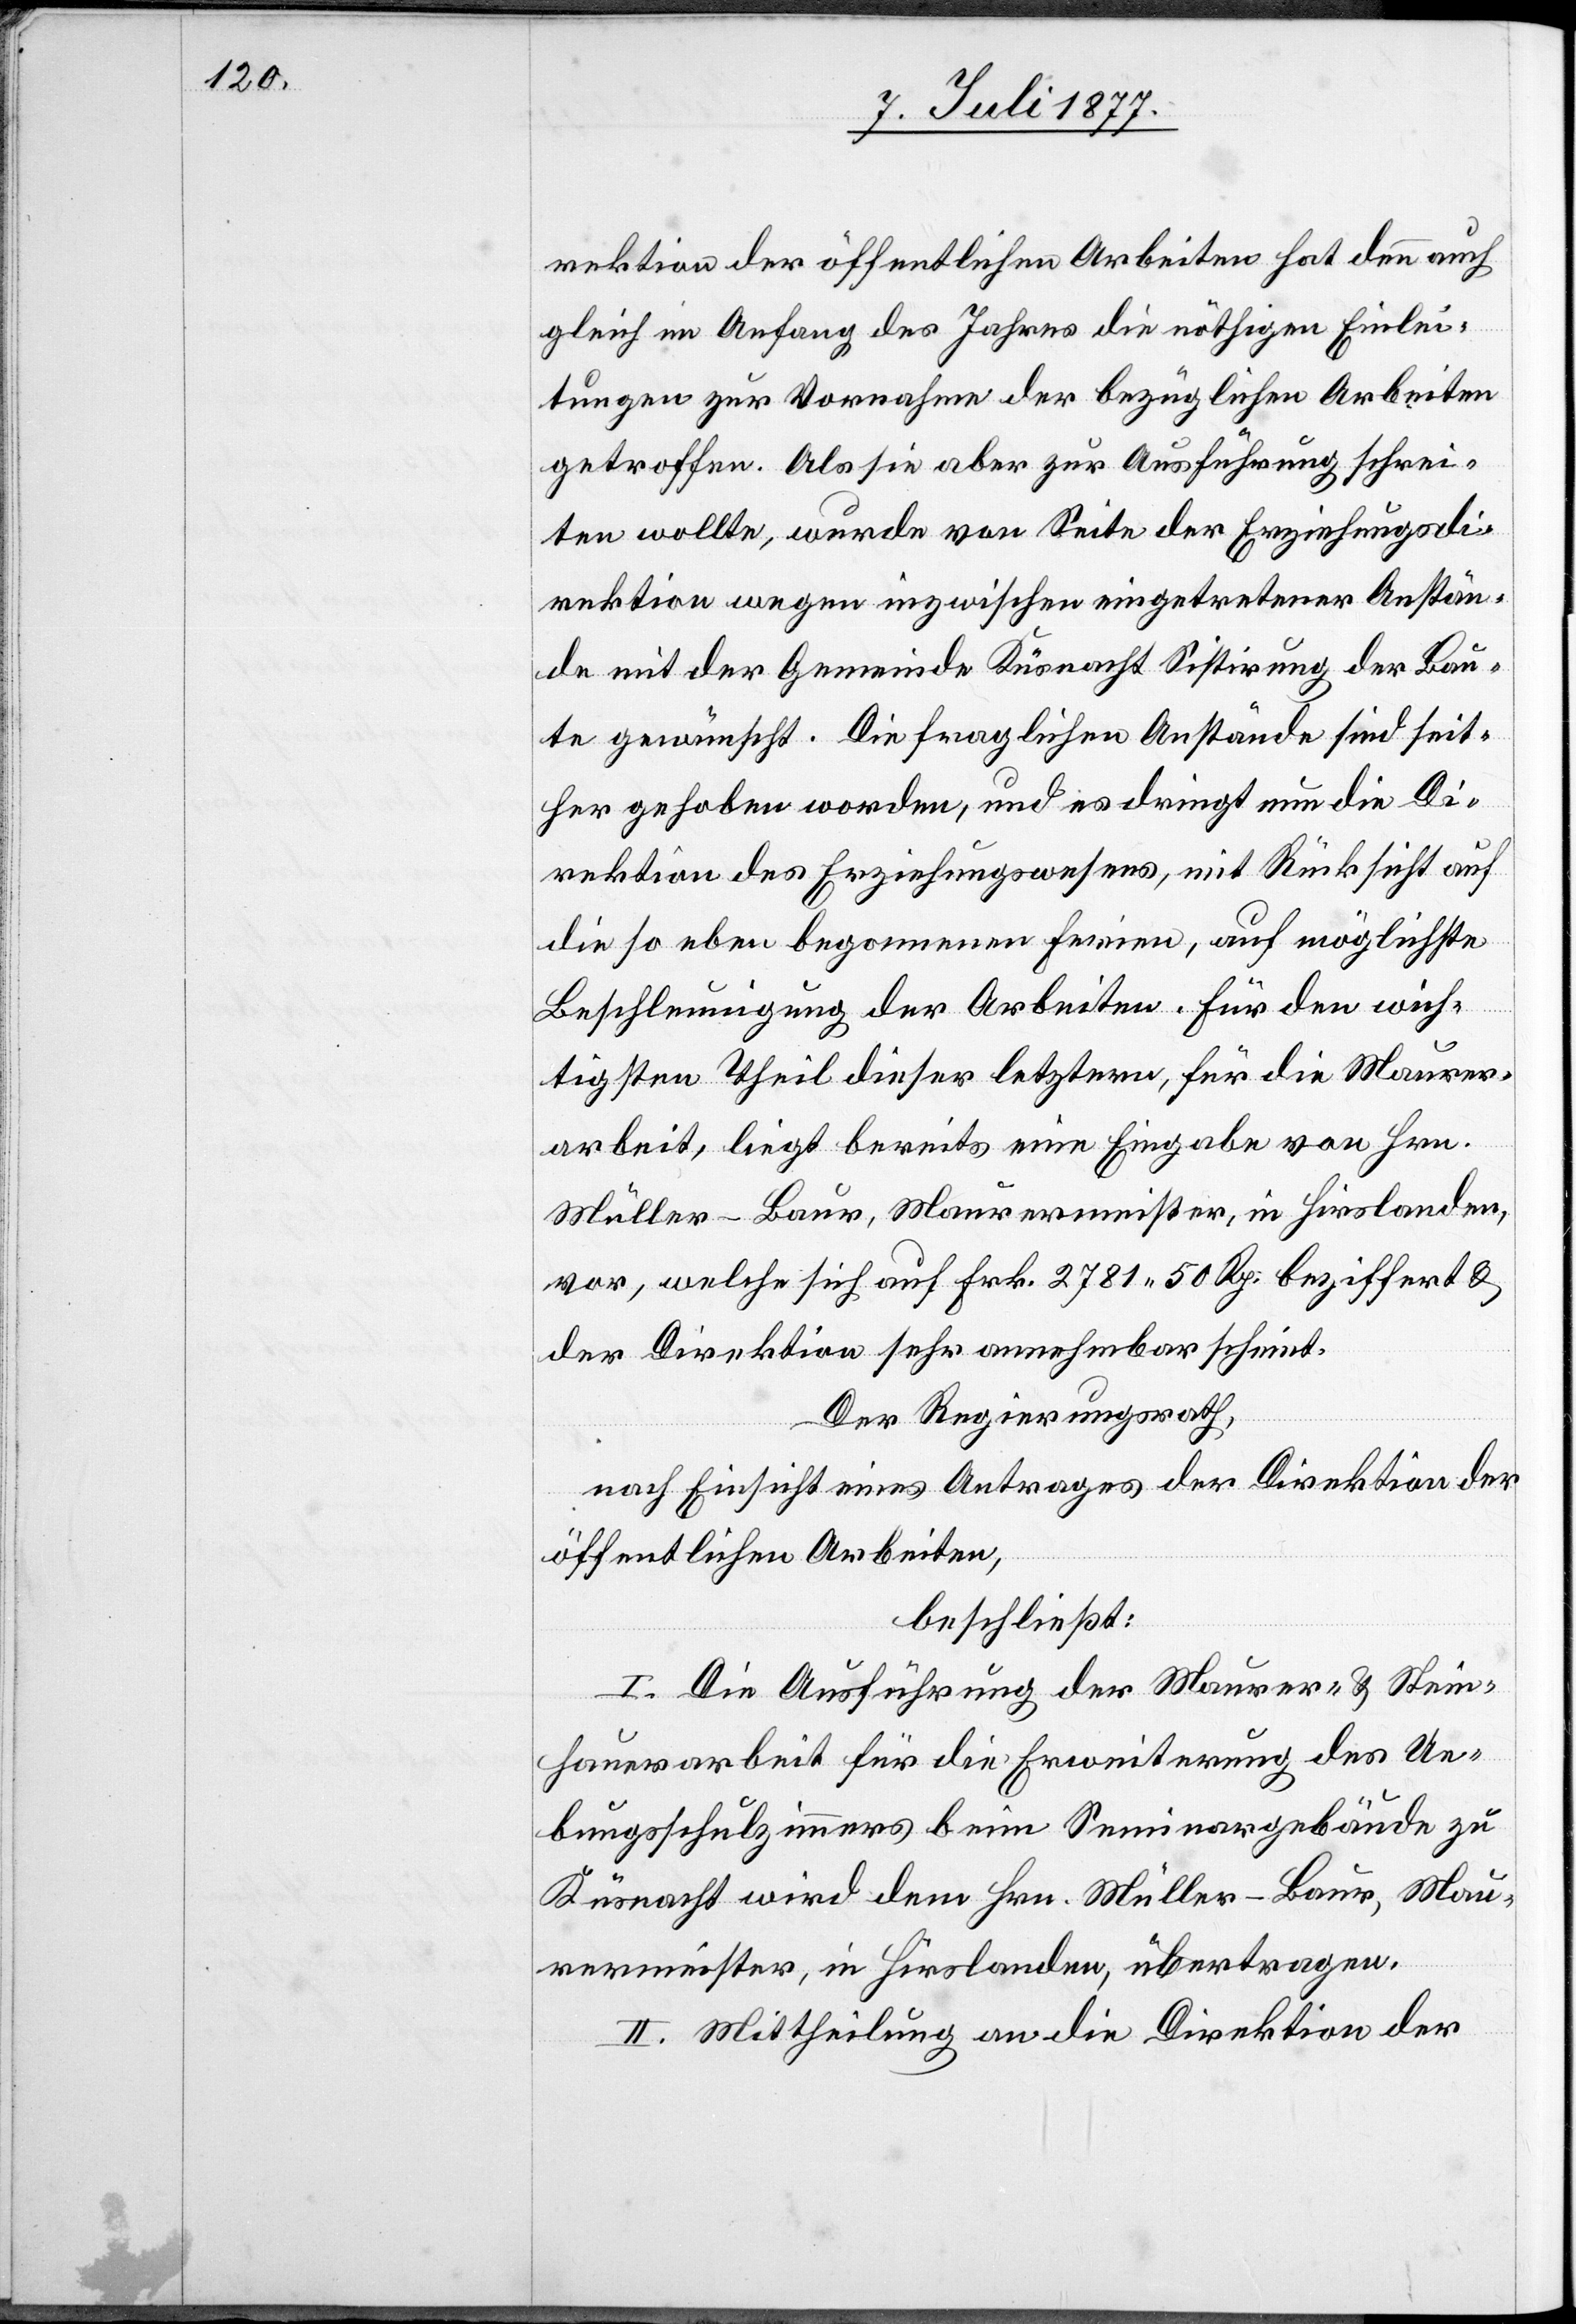
rektion der öffentlichen Arbeiten hat denn auch
gleich im Anfang des Jahres die nöthigen Einlei¬
tungen zur Vornahme der bezüglichen Arbeiten
getroffen. Als sie aber zur Ausführung schrei¬
ten wollte, wurde von Seite der Erziehungsdi¬
rektion wegen inzwischen eingetretener Anstän¬
de mit der Gemeinde Küsnacht Sistirung der Bau¬
te gewünscht. Die fraglichen Anstände sind seit¬
her gehoben worden, und es dringt nun die Di¬
rektion des Erziehungswesens, mit Rücksicht auf
die so eben begonnenen Ferien, auf möglichste
Beschleunigung der Arbeiten. Für den wich¬
tigsten Theil dieser letztern, für die Maurer¬
arbeit, liegt bereits eine Eingabe von Hrn.
Müller-Baur, Maurermeister, in Hirslanden,
vor, welche sich auf Frk. 2781 50 Rp. beziffert &
der Direktion sehr annehmbar scheint.
Der Regierungsrath,
nach Einsicht eines Antrages der Direktion der
öffentlichen Arbeiten,
beschließt:
I. Die Ausführung der Maurer- & Stein¬
hauerarbeit für die Erweiterung des Ue¬
bungsschulzimmers beim Seminargebäude zu
Küsnacht wird dem Hrn. Müller-Baur, Mau¬
rermeister, in Hirslanden, übertragen.
II. Mittheilung an die Direktion der